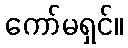
ကော်မရှင်။